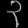
Digit: ၃